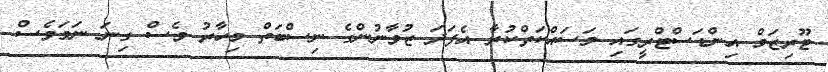
ޓޫރިޒަމް އިންޑަސްޓްރީގައި މަސައްކަތްކުރާ އެފަދަ ޒުވާނުންގެ ނިސްބަތް މިހާރު ވެސް ގިނަ ނަމަވެސް